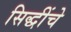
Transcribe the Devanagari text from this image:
सिद्धींचे